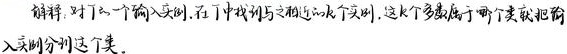
解释：对于一个新的输入实例，在 \(T\) 中找到与之相近的\(k\)个实例，这\(k\)个点多数属于哪个类就把输入实例分到这个类。